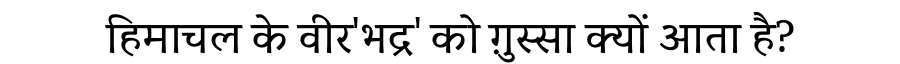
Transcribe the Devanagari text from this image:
हिमाचल के वीर'भद्र' को ग़ुस्सा क्यों आता है?